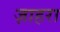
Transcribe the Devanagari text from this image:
ज़ाहरा